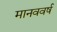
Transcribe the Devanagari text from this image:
मानववर्ष